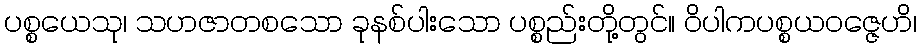
ပစ္စယေသု၊ သဟဇာတစသော ခုနစ်ပါးသော ပစ္စည်းတို့တွင်။ ဝိပါကပစ္စယဝဇ္ဇေဟိ၊